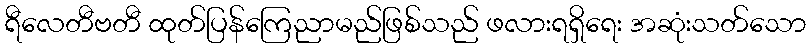
ရီလေတီဗတီ ထုတ်ပြန်ကြေညာမည်ဖြစ်သည် ဖလားရရှိရေး အဆုံးသတ်သော